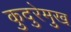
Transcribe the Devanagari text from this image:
कुदुरेमुख